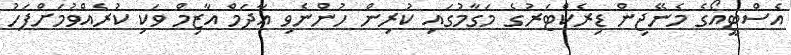
އެސްޓީއޯގެ މެނޭޖިން ޑިރެކްޓަރުގެ މަގާމުގައި ކުރިން ހުންނެވި އާދަމް އާޒިމް ވަކި ކުރެއްވުމަށްފަހު